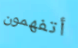
أتفهمون